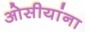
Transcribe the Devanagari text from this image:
ओसीयांना